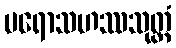
ပရောသဟဿသုတ္တံ